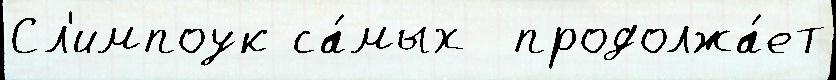
Сл'импоук са́мых  продолжа́ет